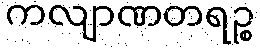
ကလျာဏတရဉ္စ